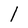
Character: l